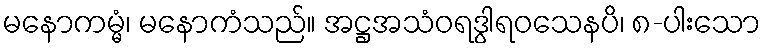
မနောကမ္မံ၊ မနောကံသည်။ အဋ္ဌအသံဝရဒွါရဝသေနပိ၊ ၈-ပါးသော